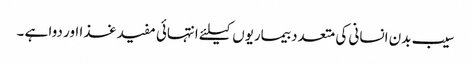
سیب بدن انسانی کی متعدد بیماریوں کیلئے انتہائی مفید غذا اور دوا ہے ۔